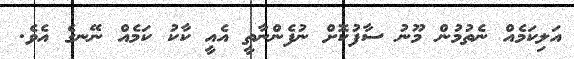
އަލިކަމެއް ނެތުމުން މޫނު ސާފުކޮށް ނުފެންނާތީ އެއީ ކާކު ކަމެއް ނޭނގެ އެވެ.